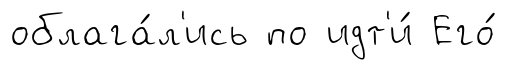
облага́л'ись по идт'и́ Его́